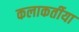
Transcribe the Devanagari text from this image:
कलाकर्तीया